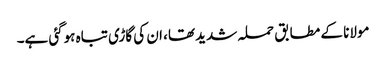
مولانا کے مطابق حملہ شدید تھا، ان کی گاڑی تباہ ہوگئی ہے۔